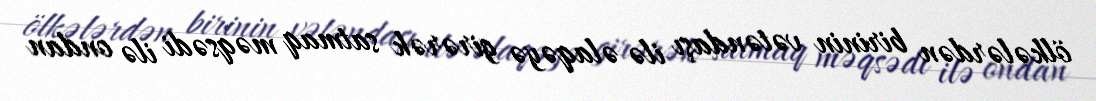
ölkələrdən birinin vətəndaşı ilə əlaqəyə girərək satmaq məqsədi ilə ondan